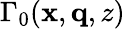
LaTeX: \Gamma_{0}(\mathbf{x},\mathbf{q},z)